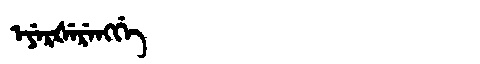
Manchu: ᡝᠶᡝᡵᡧᡝᡵᡝᠩᡤᡝ
Romanization: EYERŠERENGGE